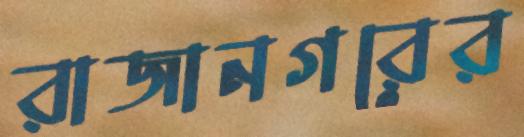
রাজানগরের